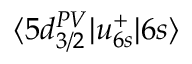
\langle 5 d _ { 3 / 2 } ^ { P V } | u _ { 6 s } ^ { + } | 6 s \rangle